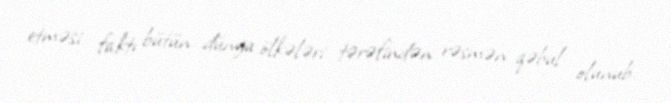
etməsi faktı bütün dünya ölkələri tərəfindən rəsmən qəbul olunub.